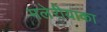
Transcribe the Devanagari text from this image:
मलेरीयाका